Annual report on the Civil Veterinary Department, Burma (including the Insein Veterinary School) - 1910-1922
Year: 1910
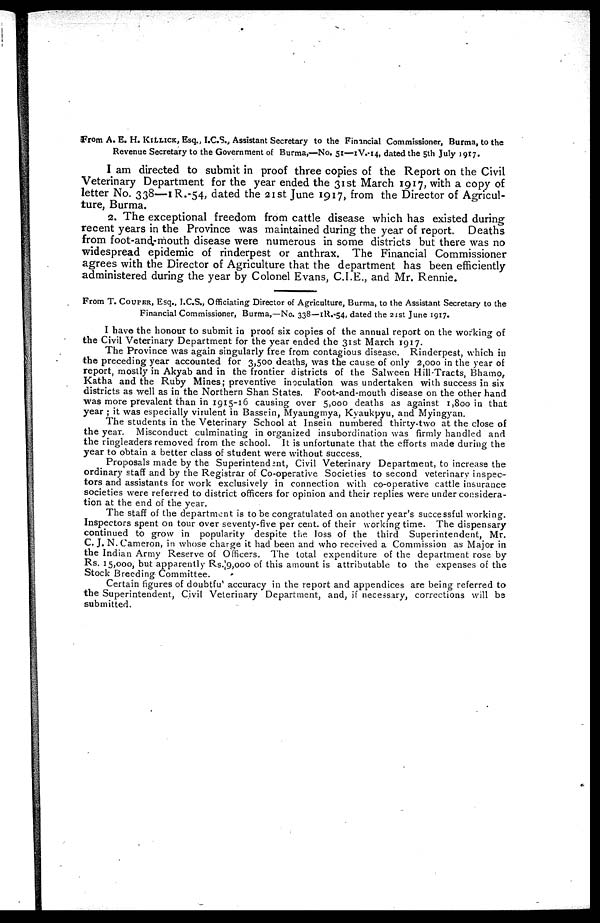
From A. E. H. KILLICK, Esq., I.C.S., Assistant Secretary to the Financial Commissioner, Burma, to the
Revenue Secretary to the Government of Burma,—No. 51—1V.-14, dated the 5th July 1917.
I am directed to submit in proof three copies of the Report on the Civil
Veterinary Department for the year ended the 31st March 1917, with a copy of
letter No. 338—1R.-54, dated the 21st June 1917, from the Director of Agricul-
ture, Burma.
2. The exceptional freedom from cattle disease which has existed during
recent years in the Province was maintained during the year of report. Deaths
from foot-and-mouth disease were numerous in some districts but there was no
widespread epidemic of rinderpest or anthrax. The Financial Commissioner
agrees with the Director of Agriculture that the department has been efficiently
administered during the year by Colonel Evans, C.I.E., and Mr. Rennie.
From T. COUPER, Esq., I.C.S., Officiating Director of Agriculture, Burma, to the Assistant Secretary to the
Financial Commissioner, Burma,—No. 338—1R.-54, dated the 21st June 1917.
I have the honour to submit in proof six copies of the annual report on the working of
the Civil Veterinary Department for the year ended the 31st March 1917.
The Province was again singularly free from contagious disease. Rinderpest, which in
the preceding year accounted for 3,500 deaths, was the cause of only 2,000 in the year of
report, mostly in Akyab and in the frontier districts of the Salween Hill-Tracts, Bhamo,
Katha and the Ruby Mines; preventive inoculation was undertaken with success in six
districts as well as in the Northern Shan States. Foot-and-mouth disease on the other hand
was more prevalent than in 1915-16 causing over 5,000 deaths as against 1,800 in that
year ; it was especially virulent in Bassein, Myaungmya, Kyaukpyu, and Myingyan.
The students in the Veterinary School at Insein numbered thirty-two at the close of
the year. Misconduct culminating in organized insubordination was firmly handled and
the ringleaders removed from the school. It is unfortunate that the efforts made during the
year to obtain a better class of student were without success.
Proposals made by the Superintendent, Civil Veterinary Department, to increase the
ordinary staff and by the Registrar of Co-operative Societies to second veterinary inspec-
tors and assistants for work exclusively in connection with co-operative cattle insurance
societies were referred to district officers for opinion and their replies were under considera-
tion at the end of the year.
The staff of the department is to be congratulated on another year's successful working.
Inspectors spent on tour over seventy-five per cent. of their working time. The dispensary
continued to grow in popularity despite the loss of the third Superintendent, Mr.
C.J. N.Cameron, in whose charge it had been and who received a Commission as Major in
the Indian Army Reserve of Officers. The total expenditure of the department rose by
Rs. 15,000, but apparently Rs.9,ooo of this amount is attributable to the expenses of the
Stock Breeding Committee.
Certain figures of doubtful accuracy in the report and appendices are being referred to
the Superintendent, Civil Veterinary Department, and, if necessary, corrections will be
submitted.